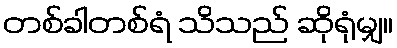
တစ်ခါတစ်ရံ သိသည် ဆိုရုံမျှ။